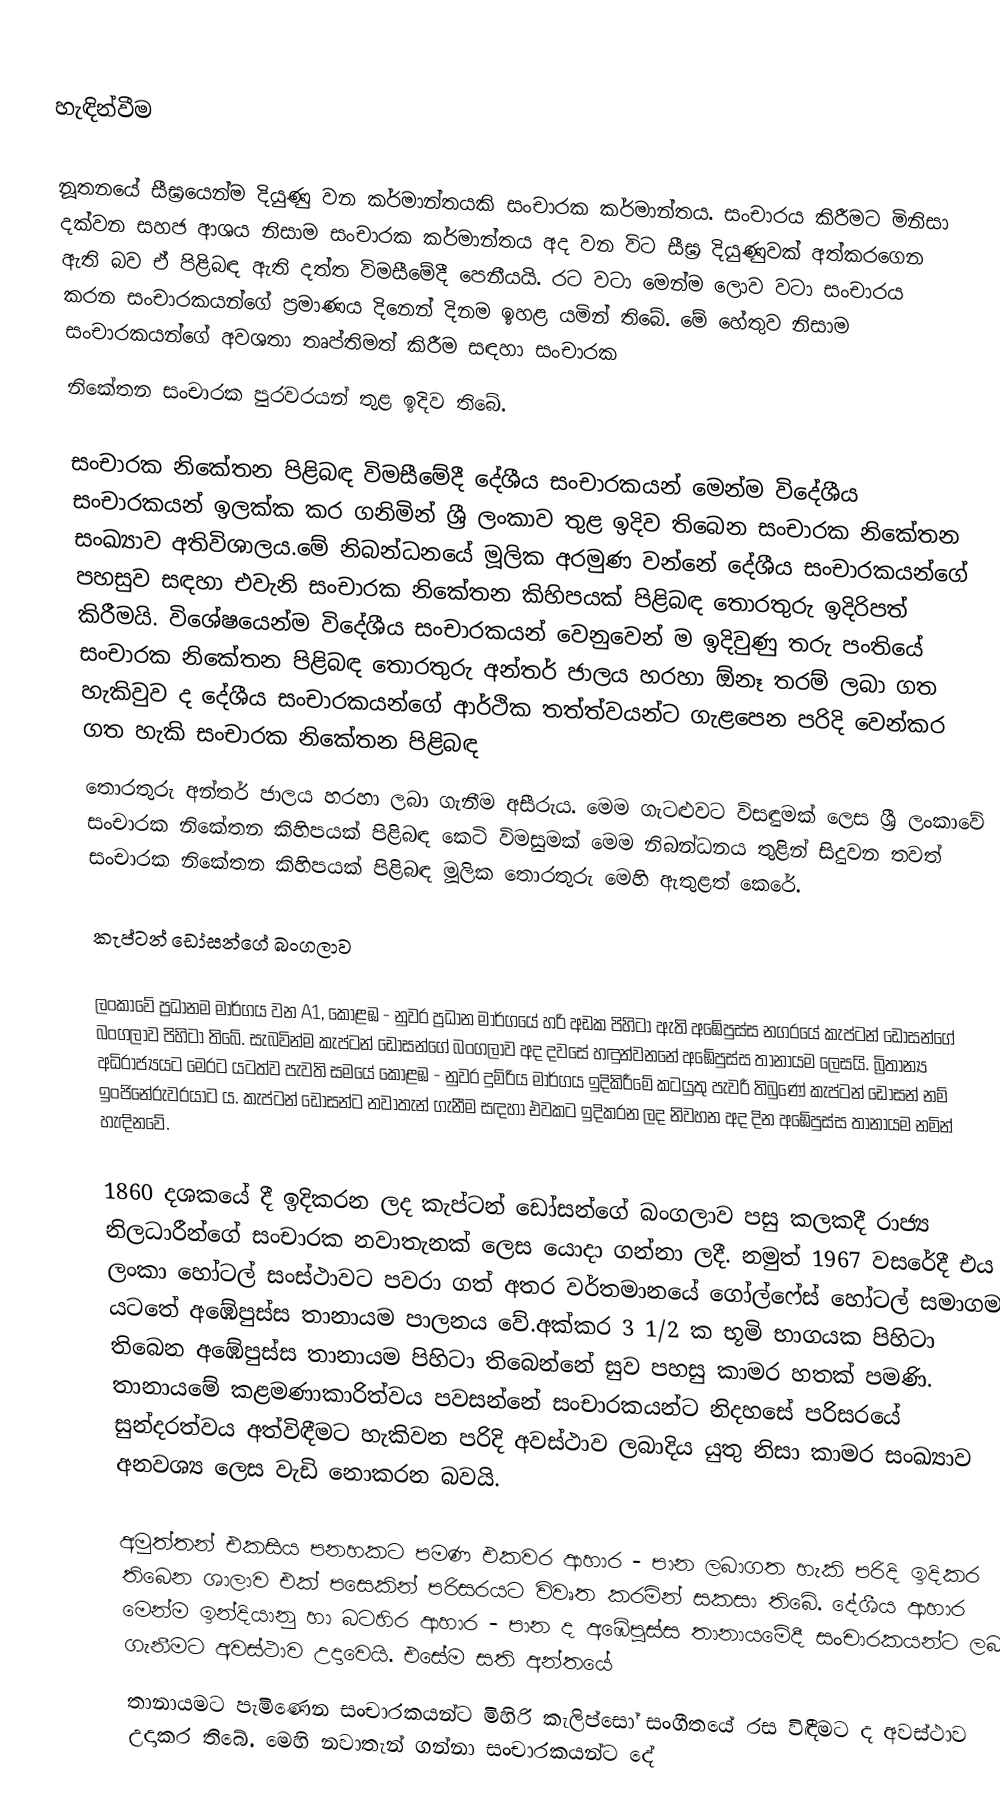

හැඳින්වීම

නූතනයේ සීඝ්‍රයෙන්ම දියුණු වන කර්මාන්තයකි සංචාරක කර්මාන්තය. සංචාරය කිරීමට මිනිසා දක්වන සහජ ආශය නිසාම සංචාරක කර්මාන්තය අද වන විට  සීඝ්‍ර දියුණුවක් අත්කරගෙන ඇති බව ඒ පිළිබඳ ඇති දත්ත විමසීමේදී පෙනීයයි. රට වටා මෙන්ම ලොව වටා සංචාරය කරන සංචාරකයන්ගේ ප්‍රමාණය දිනෙන් දිනම ඉහළ යමින් තිබේ. මේ හේතුව නිසාම සංචාරකයන්ගේ අවශතා තෘප්තිමත් කිරීම සඳහා සංචාරක
නිකේතන සංචාරක පුරවරයන් තුළ ඉදිව තිබේ.

සංචාරක නිකේතන පිළිබඳ විමසීමේදී දේශීය සංචාරකයන් මෙන්ම විදේශීය සංචාරකයන් ඉලක්ක කර ගනිමින් ශ්‍රී ලංකාව තුළ ඉදිව තිබෙන සංචාරක නිකේතන සංඛ්‍යාව අතිවිශාලය.මේ නිබන්ධනයේ මූලික අරමුණ වන්නේ දේශීය සංචාරකයන්ගේ පහසුව සඳහා එවැනි සංචාරක නිකේතන කිහිපයක් පිළිබඳ තොරතුරු ඉදිරිපත් කිරීමයි. විශේෂයෙන්ම විදේශීය සංචාරකයන් වෙනුවෙන් ම ඉදිවුණු තරු පංතියේ සංචාරක නිකේතන පිළිබඳ තොරතුරු අන්තර් ජාලය හරහා ඕනෑ තරම් ලබා ගත හැකිවුව ද දේශීය සංචාරකයන්ගේ ආර්ථික තත්ත්වයන්ට ගැළපෙන පරිදි වෙන්කර ගත හැකි සංචාරක නිකේතන පිළිබඳ
තොරතුරු අන්තර් ජාලය හරහා ලබා ගැනීම අසීරුය. මෙ‍ම ගැටළුවට විසඳුමක් ලෙස ශ්‍රී ලංකාවේ සංචාරක නිකේතන කිහිපයක් පිළිබඳ කෙටි විමසුමක් මෙම නිබන්ධනය තුළින් සිදුවන තවත් සංචාරක නිකේතන කිහිපයක් පිළිබඳ මූලික තොරතුරු මෙහි ඇතුළත් කෙරේ.

කැප්ටන් ඩෝසන්ගේ බංගලාව

ලංකාවේ ප්‍රධානම මාර්ගය වන A1, කොළඹ - නුවර ප්‍රධාන මාර්ගයේ හරි අඩක පිහිටා ඇති අඹේපුස්ස නගරයේ කැප්ටන් ඩෝසන්ගේ බංගලාව පිහිටා තිබේ. සැබවින්ම කැප්ටන් ඩෝසන්ගේ බංගලාව අද දවසේ හඳුන්වනනේ අඹේපුස්ස තානායම ලෙසයි. බ්‍රිතාන්‍ය අධිරාජ්‍යයට මෙරට යටත්ව පැවති සමයේ කොළඹ - නුවර දුම්රිය මාර්ගය ඉදිකිරීමේ කටයුතු පැවරී තිබුණේ කැප්ටන් ඩෝසන් නම් ඉංජිනේරුවරයාට ය. කැප්ටන් ඩෝසන්ට නවාතැන් ගැනීම සඳහා එවකට ඉදිකරන ලද නිවහන අද දින අඹේපුස්ස තානායම නමින් හැඳිනවේ.

1860 දශකයේ දී ඉදිකරන ලද කැප්ටන් ඩෝසන්ගේ බංගලාව පසු කලකදී රාජ්‍ය නිලධාරීන්ගේ සංචාරක නවාතැනක් ලෙස යොදා ගන්නා ලදී. නමුත් 1967 වසරේදී එය ලංකා හෝටල් සංස්ථාවට පවරා ගත් අතර වර්තමානයේ ගෝල්ෆේස් හෝටල් සමාගම යටතේ අඹේපුස්ස තානායම පාලනය වේ.අක්කර 3 1/2 ක භූමි භාගයක පිහිටා තිබෙන අඹේපුස්ස තානායම පිහිටා තිබෙන්නේ සුව පහසු කාමර හතක් පමණි. තානායමේ කළමණාකාරිත්වය පවසන්නේ සංචාරකයන්ට නිදහසේ පරිසරයේ සුන්දරත්වය අත්විඳීමට හැකිවන පරිදි අවස්ථාව ලබාදිය යුතු නිසා කාමර සංඛ්‍යාව අනවශ්‍ය ලෙස වැඩි නොකරන බවයි.

අමුත්තන් එකසිය පනහකට පමණ එකවර ආහාර - පාන ලබාගත හැකි පරිදි ඉදිකර තිබෙන ශාලාව එක් පසෙකින් පරිසරයට  විවෘත කරමින් සකසා තිබේ. දේශීය ආහාර මෙන්ම ඉන්දියානු හා බටහිර ආහාර - පාන ද අඹේපුස්ස තානායමේදී සංචාරකයන්ට ලබා ගැනීමට අවස්ථාව උදාවෙයි. එසේම සති අන්තයේ
තානායමට පැමිණෙන සංචාරකයන්ට මිහිරි කැලිප්සෝ සංගීතයේ රස විඳීමට ද අවස්ථාව උදාකර තිබේ. මෙහි නවාතැන් ගන්නා සංචාරකයන්ට දේ